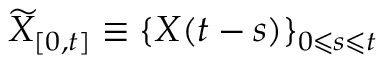
\widetilde { X } _ { [ 0 , t ] } \equiv \{ X ( t - s ) \} _ { 0 \leqslant s \leqslant t }